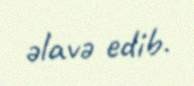
əlavə edib.